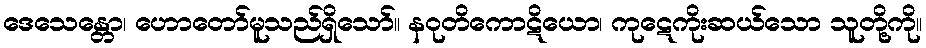
ဒေသေန္တော၊ ဟောတော်မူသည်ရှိသော်။ နဝုတိကောဋိယော၊ ကုဋေကိုးဆယ်သော သူတို့ကို။